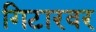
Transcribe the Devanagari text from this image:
गिटारवर